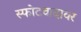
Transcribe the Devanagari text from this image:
स्फोटवादावर